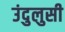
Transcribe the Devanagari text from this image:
उंदुलुसी